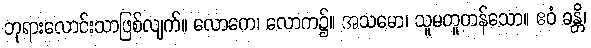
ဘုရားလောင်းသာဖြစ်လျက်။ လောကေ၊ လောက၌။ အသမော၊ သူမတူတန်သော။ ဧဝံ ခန္တိ၊